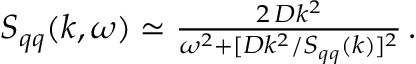
\begin{array} { r } { S _ { q q } ( k , \omega ) \simeq \frac { 2 \, D k ^ { 2 } } { \omega ^ { 2 } + [ D k ^ { 2 } / S _ { q q } ( k ) ] ^ { 2 } } \, . } \end{array}